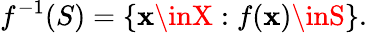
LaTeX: f^{-1}(S)=\left\{ \mathbf{x}\inX:f(\mathbf{x})\inS\right\} .